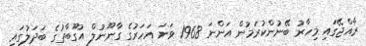
ރާއްޖޭގައި މިހާރު ބޭނުންކުރަމުން އަންނަ 1968 ވަނަ އަހަރުގެ ގާނޫނުލް އުގޫބާތުގެ ބަދަލުގައި